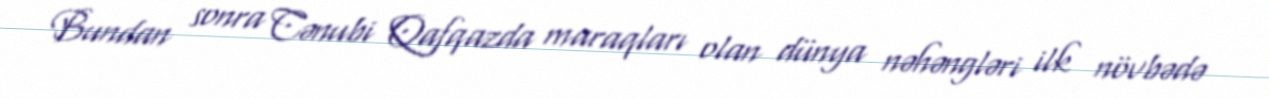
Bundan sonra Cənubi Qafqazda maraqları olan dünya nəhəngləri ilk növbədə